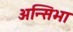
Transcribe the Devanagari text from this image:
अन्सिभा